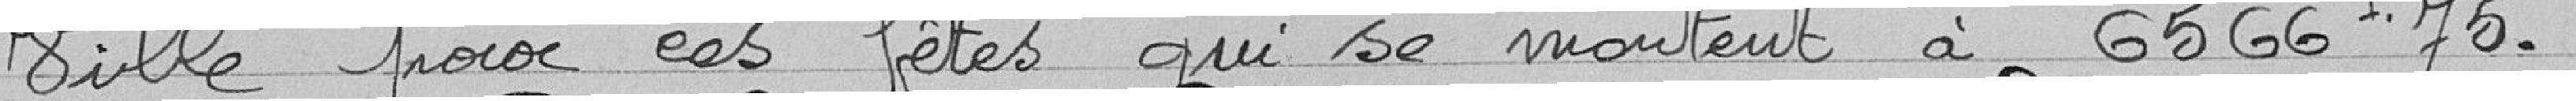
Ville pour ces fêtes qui se montent à 6566.75